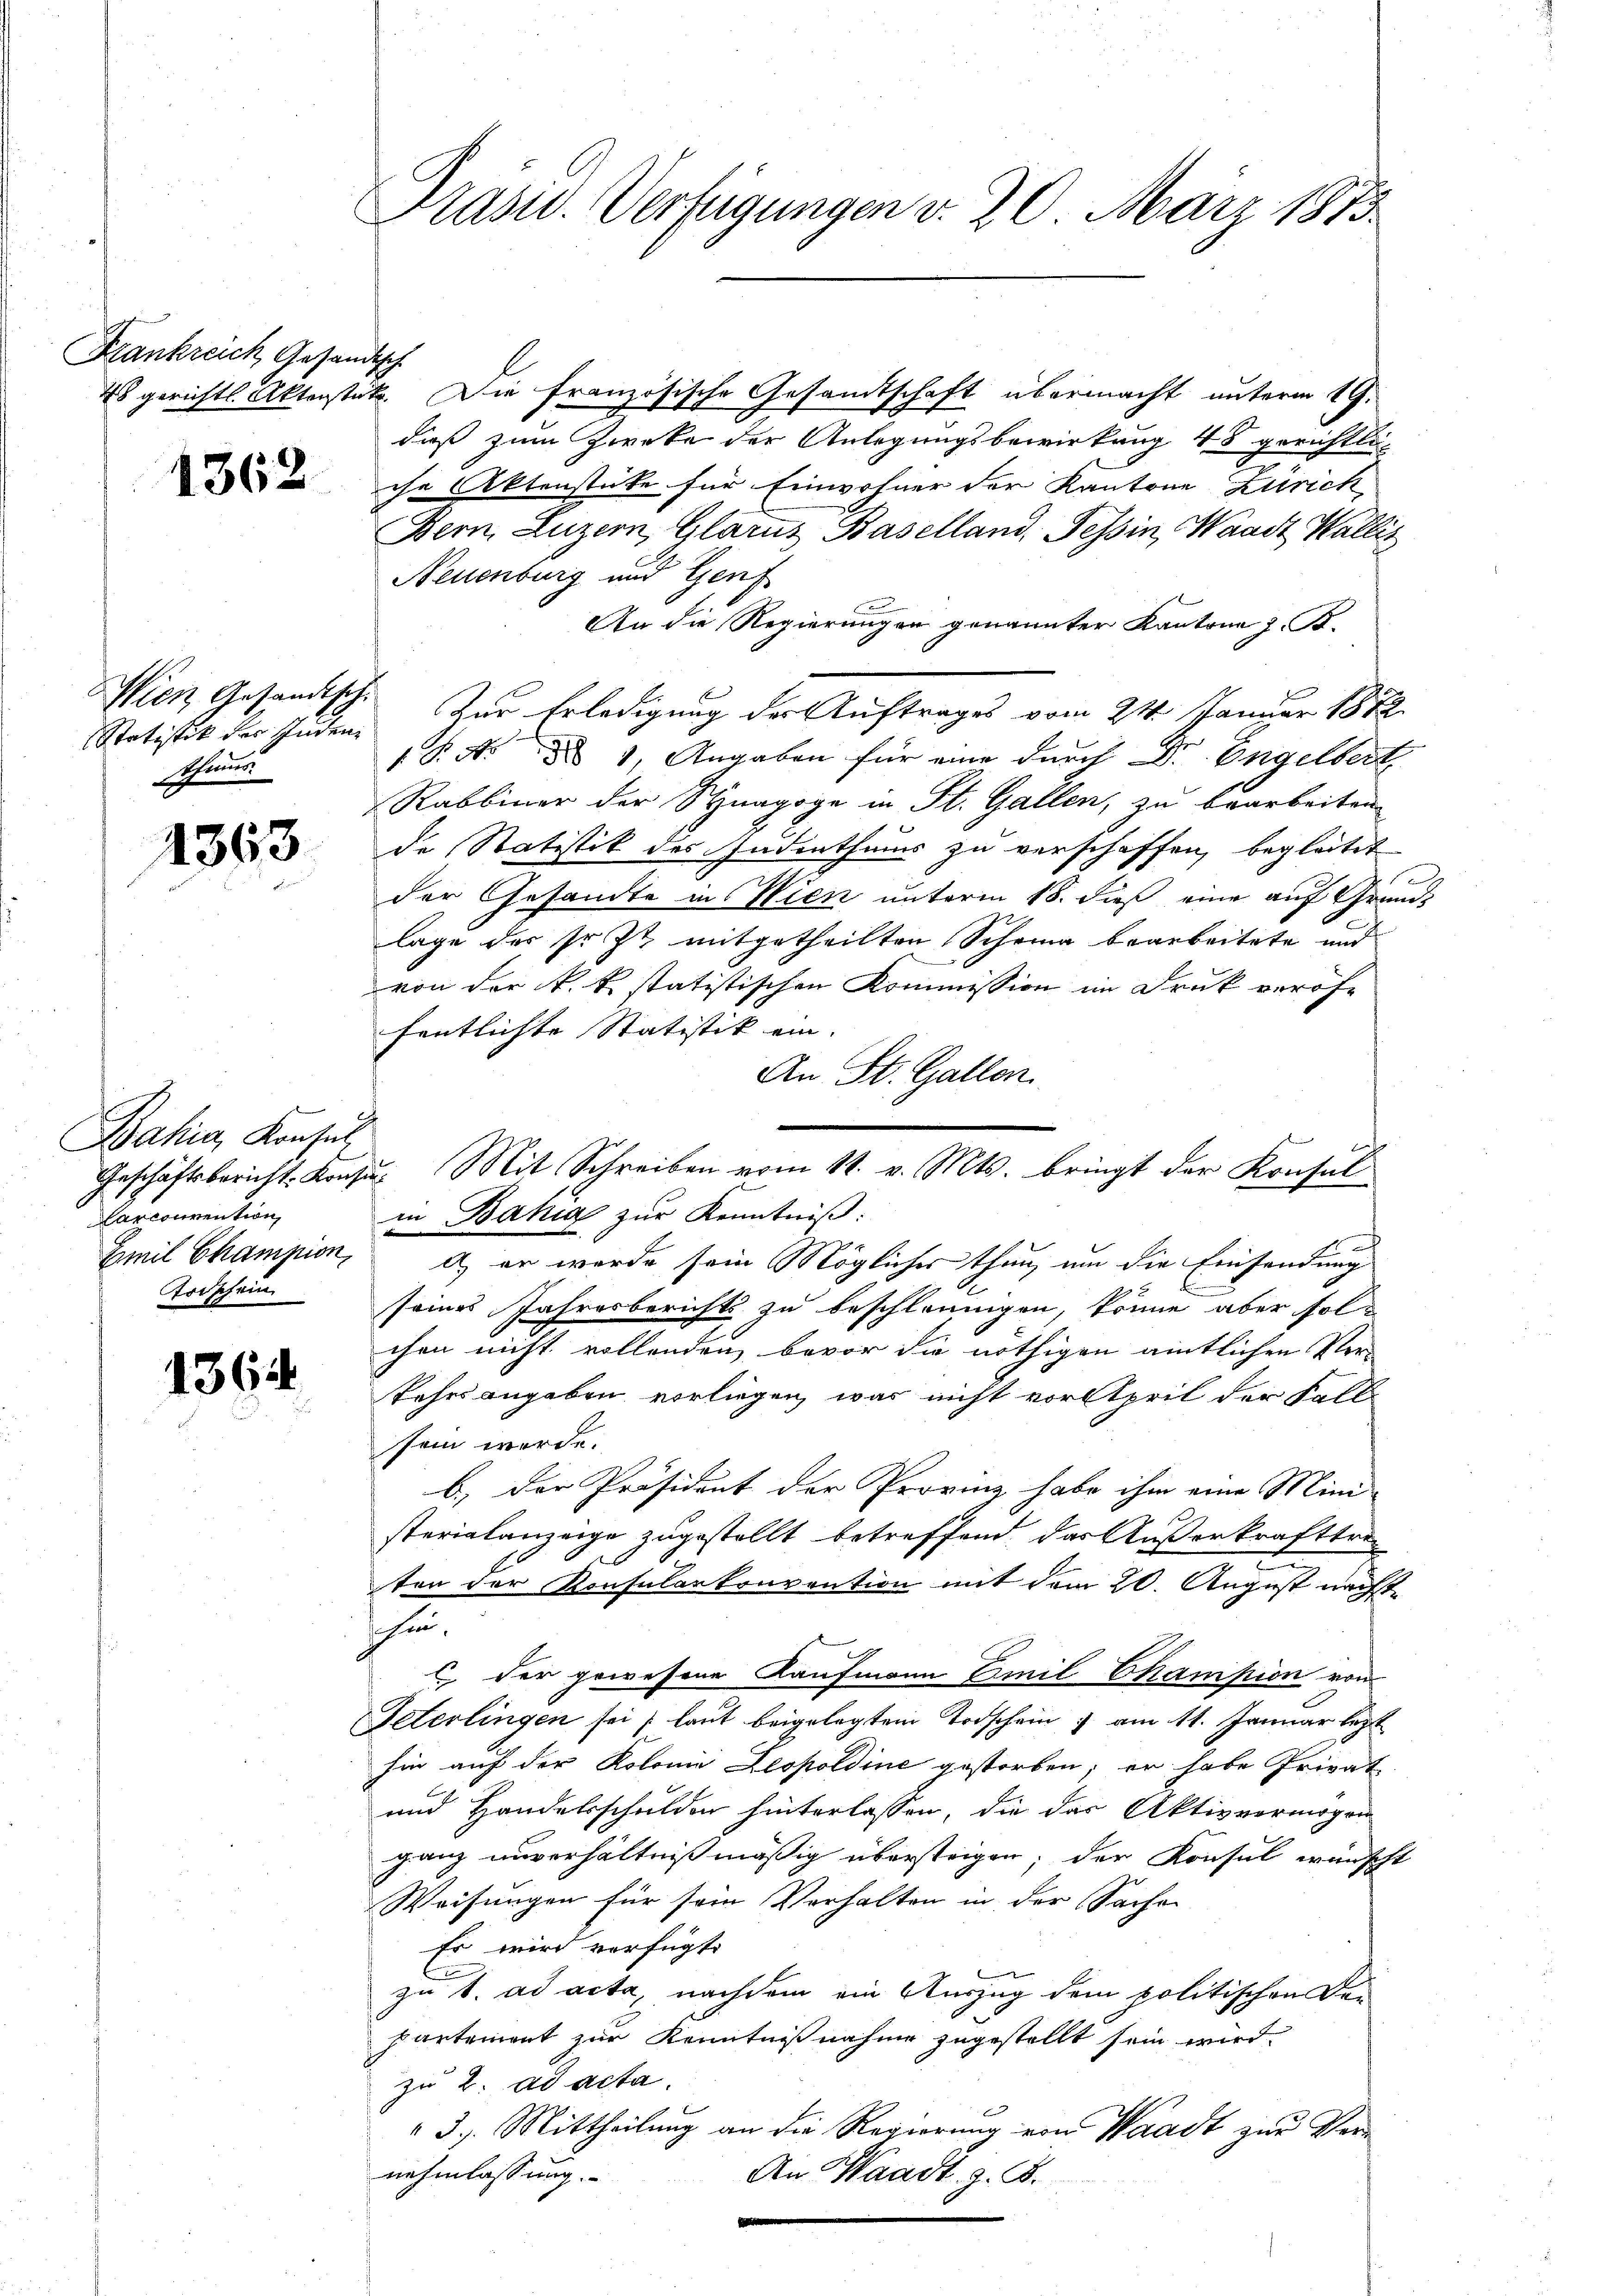
Frankreich Gesandtsch

1362

Wien Gesandtsche
schlies

1363

Bahia, Konsul
Carconvention
Emil Champion,
rischein

1364

Präsid. Verfügungen d. 20. März 1873

48 gerichtl. Aktenstete. Die französische Gesandtschaft übermacht unterm 19.
dieß zum Zwecke der Anlegungsbewirkung 48 gerichtliche Aktenstüke für Einwohner der Kantone Zürich,
Bern, Luzern, Glarus Baselland Tessin, Waadt Wallis
Neuenburg und Genf
An die Regierungen genannter Kantone z. B.
Statistik der Inden. Zur Erledigung der Auftrages vom 24. Januar 1872.
1 P. No dd 1, Angaben für eine durch Dr. Engelbert
Rabbiner der Synagoge in St. Gallen, zu bearbeiten
de Statistik des Judenthaus zu verschaffen, begleitet
1
der Gesandte in Wien unterm 18. dieß eine auf Grund-
lage der sr. Zt mitgetheilten Scheine bearbeitete und
von der k. k statistischen Kommission im Druk veröffentlichte Statistik ein.
An St. Gallen.
Geschäftsbericht. Konsŭ. Mit Schreiben vom 11. v. Mts. bringt der Konsŭl
in Bahia zur Kenntniß:
) er werde sein Möglicher thun, um die Einsendung
seines Jahresberichts zu beschleunigen, könne aber solchen nicht vollenden, bevor die nöthigen amtlichen Ver-
kehrs angeben vorliegen, was nicht vorstprit der Fall
sein werde.
b.) Der Präsident der Provinz habe ihm eine Mini-
sterialanzeige zugestellt betreffend, das Außerkrafttreten der Konsularkonvention mit dem 20. August nächste
shin.
 der gewesene Kaufmann Emil Champion von
Peterlingen sei, laut beigelegtem Todschein & am 11. Januar lezt
hin auf der Kolonia Leopoldine gestorben; er habe Privat
und Handelsschulden hinterlassen, die das Aktivvermögen
ganz unverhältnißmäßig überstrigen; der Konsul wünscht
Weisungen für sein Verhalten in der Sachen
Er wird verfügt:
zu 1. ad acta, nachdem ein Auszug dem politischen Departement zur Kenntnißnahme zugestellt sein wird.
zu 2. ad acta.
3.. Mittheilung an die Regierung von Waadt zur Vernehmlassung.
An Waadt, z. B.